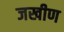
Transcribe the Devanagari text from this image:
जखीण